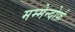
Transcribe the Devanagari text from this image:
मम्मेन्दोर्फ़